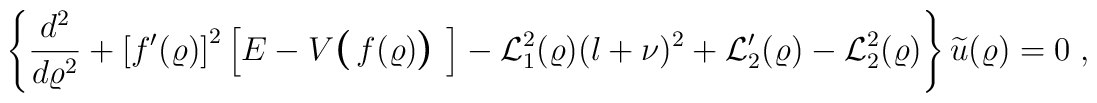
\left\{ \frac{d^{2} }{d\varrho^{2}}+\left[ f^{\prime} (\varrho) \right]^{2} \left[   E -  V\mbox{\boldmath\large  $\left(  \right.$ } \! \! f(\varrho) \!  \mbox{\boldmath\large  $ \left.  \right)$ } \right]- {\mathcal L}_{1}^{2}(\varrho) (l + \nu)^{2}+ {\mathcal L}_{2}^{\prime} (\varrho)- {\mathcal L}_{2}^{2} (\varrho)\right\} \widetilde{u}  (\varrho) = 0\;  ,